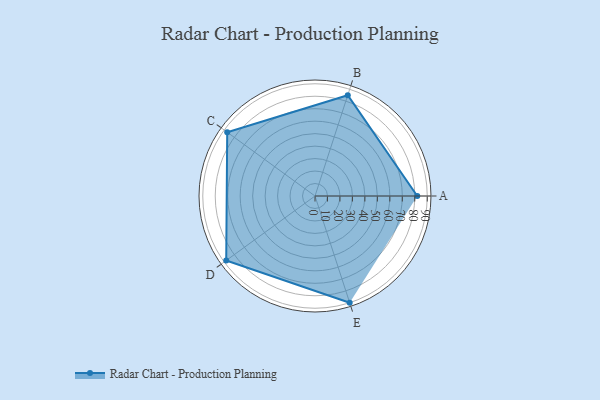
{"axis": {"x": "Skill", "y": "Score"}, "legend": ["Profile"], "data": [{"x": "A", "y": 82.0, "type": "Profile"}, {"x": "B", "y": 85.0, "type": "Profile"}, {"x": "C", "y": 87.0, "type": "Profile"}, {"x": "D", "y": 88.0, "type": "Profile"}, {"x": "E", "y": 90.0, "type": "Profile"}]}